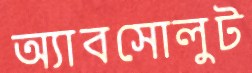
অ্যাবসোলুট